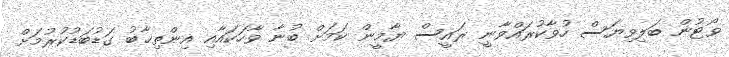
ވޯޓުން ބަލިވިޔަސް ހުވާކުރައްވާނީ ރައީސް ޔާމީން ކަމަށް ބުނާ ވާހަކައާއި އިންތިޚާބު ގަޑުބަޑުކުރުމަށް